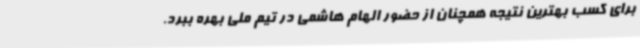
برای کسب بهترین نتیجه همچنان از حضور الهام هاشمی در تیم ملی بهره ببرد.